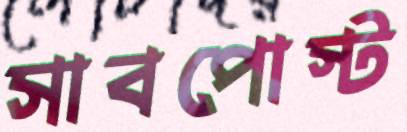
সাবপোস্ট